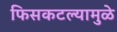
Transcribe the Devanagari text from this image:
फिसकटल्यामुळे